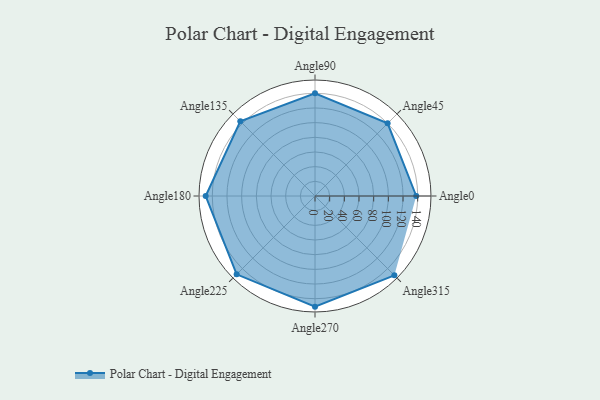
{"axis": {"x": "Angle", "y": "Radius"}, "legend": [""], "data": [{"x": "Angle0", "y": 138.0, "type": ""}, {"x": "Angle45", "y": 140.0, "type": ""}, {"x": "Angle90", "y": 140.0, "type": ""}, {"x": "Angle135", "y": 144.0, "type": ""}, {"x": "Angle180", "y": 149.0, "type": ""}, {"x": "Angle225", "y": 151.0, "type": ""}, {"x": "Angle270", "y": 151.0, "type": ""}, {"x": "Angle315", "y": 153.0, "type": ""}]}